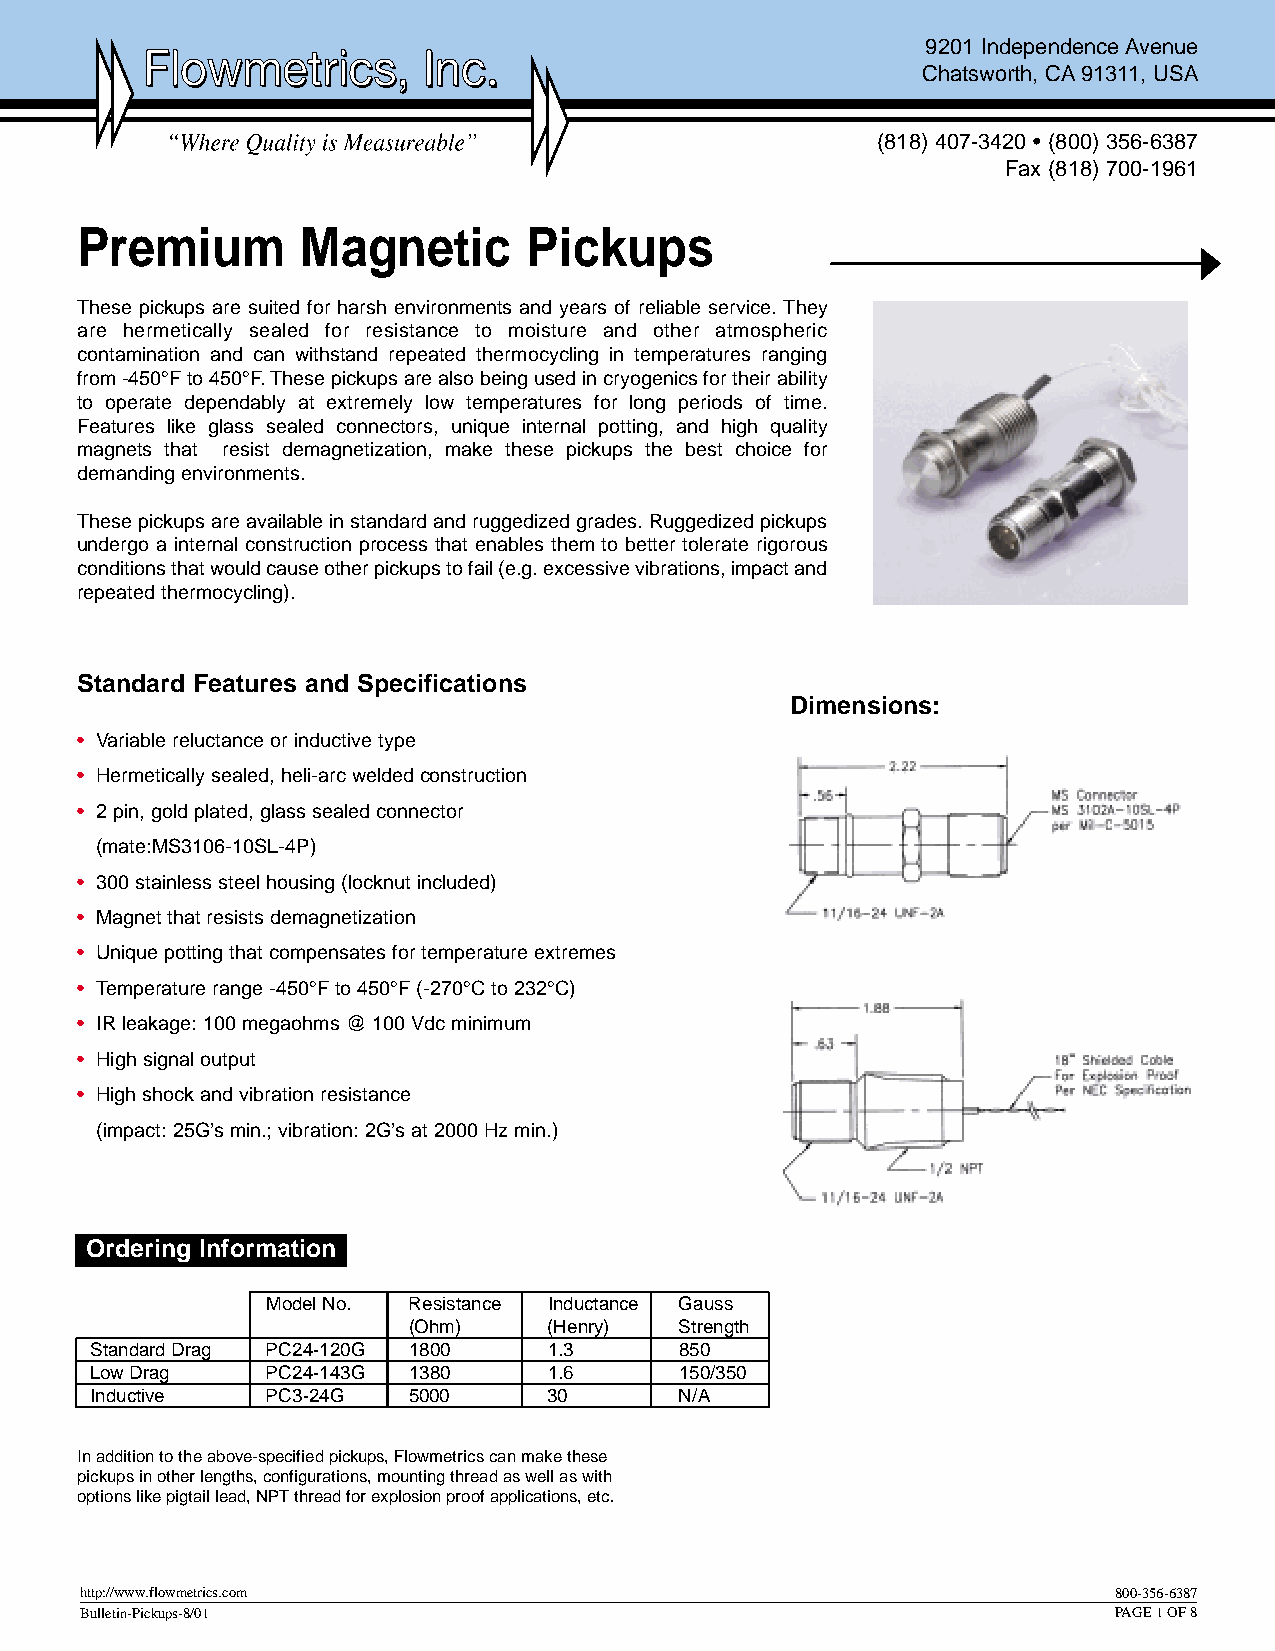
9201 Independence Avenue
 Chatsworth, CA91311, USA
 (818) 407-3420 • (800) 356-6387
 Fax (818) 700-1961
 Premium        Magnetic       Pickups
 These pickups are suited for harsh environments and years of reliable service. They
 are hermetically sealed for resistance to moisture and other atmospheric
 contamination and can withstand repeated thermocycling in temperatures ranging
 from -450°F to 450°F. These pickups are also being used in cryogenics for their ability
 to operate dependably at extremely low temperatures for long periods of time.
 Features like glass sealed connectors, unique internal potting, and high quality
 magnets that resist demagnetization, make these pickups the best choice for
 demanding environments.
 These pickups are available in standard and ruggedized grades. Ruggedized pickups
 undergo a internal construction process that enables them to better tolerate rigorous
 conditions that would cause other pickups to fail (e.g. excessive vibrations, impact and
 repeated thermocycling).
 Standard Features and Specifications
 Dimensions:
 • Variable reluctance or inductive type
 • Hermetically sealed, heli-arc welded construction
 • 2 pin, gold plated, glass sealed connector
 (mate:MS3106-10SL-4P)
 • 300 stainless steel housing (locknut included)
 • Magnet that resists demagnetization
 • Unique potting that compensates for temperature extremes
 • Temperature range -450°F to 450°F (-270°C to 232°C)
 • IR leakage: 100 megaohms @ 100 Vdc minimum
 • High signal output
 • High shock and vibration resistance
 (impact: 25G’s min.; vibration: 2G’s at 2000 Hz min.)
 Ordering Information
 Model No. Resistance Inductance Gauss
 (Ohm)    (Henry)  Strength
 Standard Drag PC24-120G 1800  1.3      850
 Low Drag    PC24-143G 1380    1.6      150/350
 Inductive   PC3-24G  5000     30       N/A
 In addition to the above-specified pickups, Flowmetrics can make these
 pickups in other lengths, configurations, mounting thread as well as with
 options like pigtail lead, NPTthread for explosion proof applications, etc.
 http://www.flowmetrics.com                                           800-356-6387
 Bulletin-Pickups-8/01                                                PAGE 1 OF 8